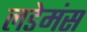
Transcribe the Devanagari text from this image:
लडेमंस